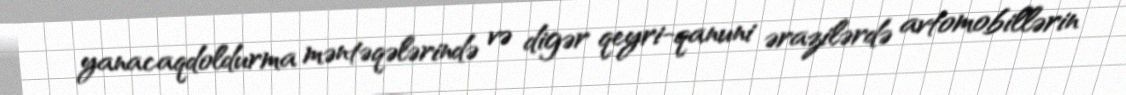
yanacaqdoldurma məntəqələrində və digər qeyri-qanuni ərazilərdə avtomobillərin